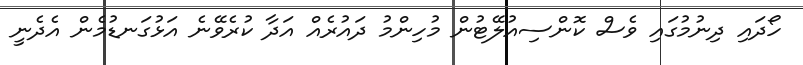
ހޯދައި ދިނުމުގައި ވެސް ކޮންސިއުލޭޓުން މުހިންމު ދައުރެއް އަދާ ކުރެވޭނެ އަޅުގަނޑުމެން އެދެނީ